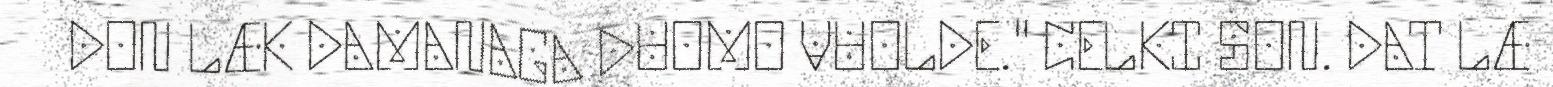
DON LÆK DAMANAGA DUOMO VUOLDE." CELKI SON. DAT LÆ